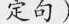
定句)